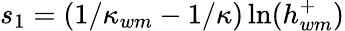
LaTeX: s_{1}=\left(1/{\kappa_{wm}}-1/{\kappa}\right)\ln(h_{wm}^{+})